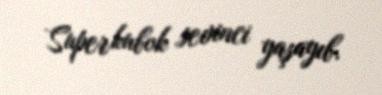
Superkubok sevinci yaşayıb.